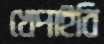
খেপাইবি